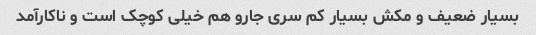
بسیار ضعیف و مکش بسیار کم سری جارو هم خیلی کوچک است و ناکارآمد